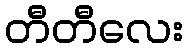
တီတီလေး